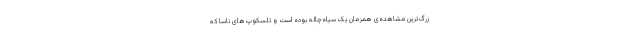
زرگ‌ترین مشاهده‌ی همزمان یک سیاه‌چاله بوده است و تلسکوپ‌های ناسا که